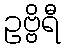
ဥဗ္ဗိရီ